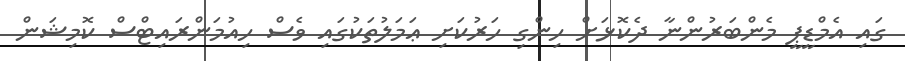
ގައި އެމްޑީޕީ މެންބަރުންނާ ދެކޮޅަށް ހިންގި ހަރުކަށި ޢަމަލުތަކުގައި ވެސް ހިއުމަންރައިޓްސް ކޮމިޝަން